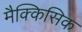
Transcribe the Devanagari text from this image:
मैक्किसिक